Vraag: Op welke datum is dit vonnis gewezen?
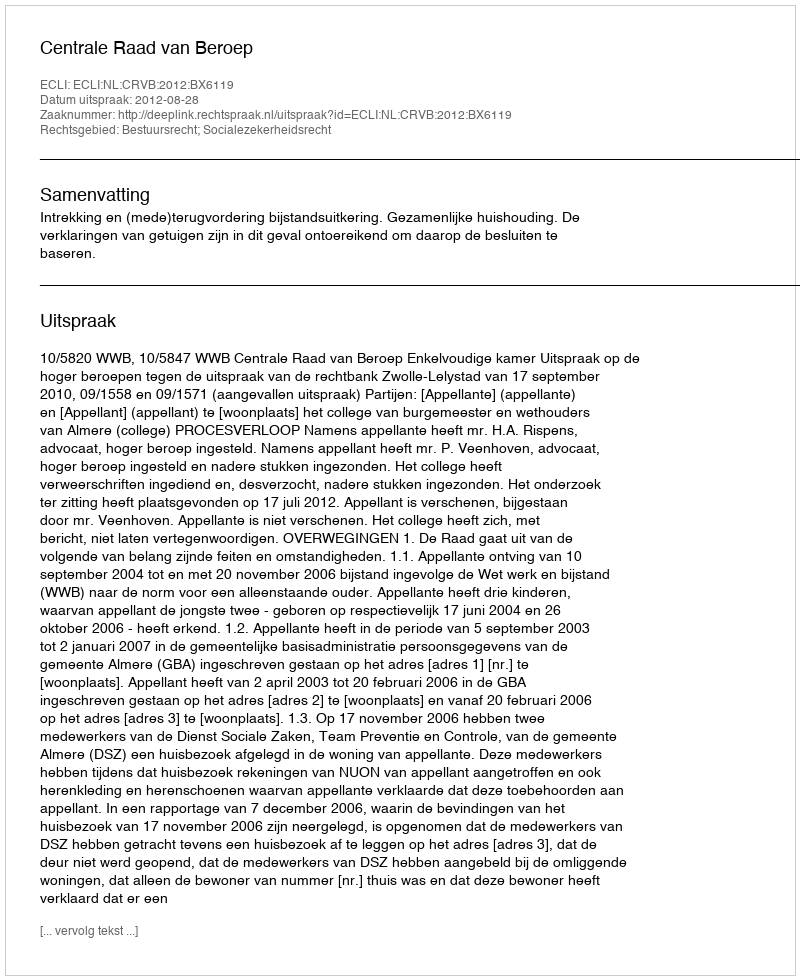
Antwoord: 2012-08-28